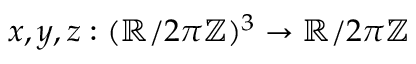
x , y , z : ( \mathbb { R } / 2 \pi \mathbb { Z } ) ^ { 3 } \to \mathbb { R } / 2 \pi \mathbb { Z }